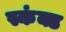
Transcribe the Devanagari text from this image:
स्कंक्ड